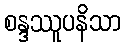
စန္ဒဿူပနိသာ